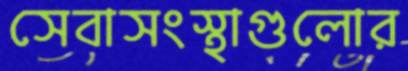
সেবাসংস্থাগুলোর